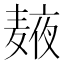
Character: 𲎒